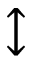
\updownarrow